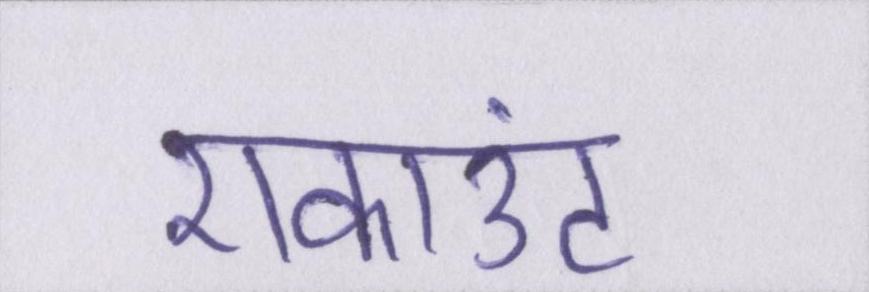
एकाउंट